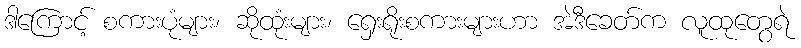
ဒါကြောင့် စကားပုံများ၊ ဆိုထုံးများ၊ ရှေးရိုးစကားများဟာ အဲဒီခေတ်က လူထုတွေရဲ